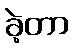
ခဲ့တာ